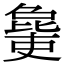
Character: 𣬒